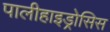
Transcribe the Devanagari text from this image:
पालीहाइड्रोसिस